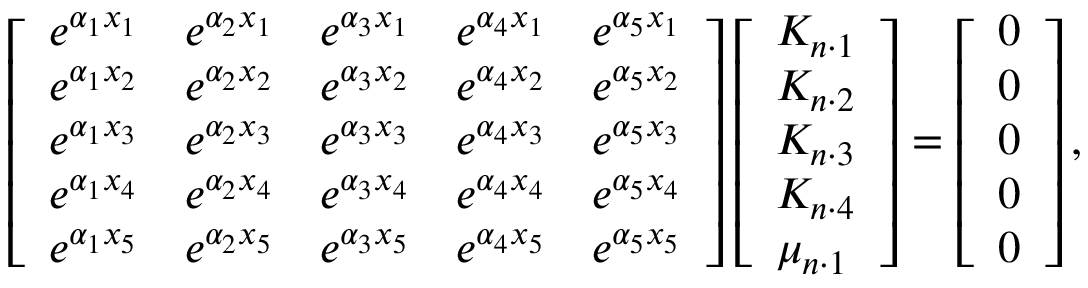
\left[ \begin{array} { l l l l l } { e ^ { \alpha _ { 1 } x _ { 1 } } } & { e ^ { \alpha _ { 2 } x _ { 1 } } } & { e ^ { \alpha _ { 3 } x _ { 1 } } } & { e ^ { \alpha _ { 4 } x _ { 1 } } } & { e ^ { \alpha _ { 5 } x _ { 1 } } } \\ { e ^ { \alpha _ { 1 } x _ { 2 } } } & { e ^ { \alpha _ { 2 } x _ { 2 } } } & { e ^ { \alpha _ { 3 } x _ { 2 } } } & { e ^ { \alpha _ { 4 } x _ { 2 } } } & { e ^ { \alpha _ { 5 } x _ { 2 } } } \\ { e ^ { \alpha _ { 1 } x _ { 3 } } } & { e ^ { \alpha _ { 2 } x _ { 3 } } } & { e ^ { \alpha _ { 3 } x _ { 3 } } } & { e ^ { \alpha _ { 4 } x _ { 3 } } } & { e ^ { \alpha _ { 5 } x _ { 3 } } } \\ { e ^ { \alpha _ { 1 } x _ { 4 } } } & { e ^ { \alpha _ { 2 } x _ { 4 } } } & { e ^ { \alpha _ { 3 } x _ { 4 } } } & { e ^ { \alpha _ { 4 } x _ { 4 } } } & { e ^ { \alpha _ { 5 } x _ { 4 } } } \\ { e ^ { \alpha _ { 1 } x _ { 5 } } } & { e ^ { \alpha _ { 2 } x _ { 5 } } } & { e ^ { \alpha _ { 3 } x _ { 5 } } } & { e ^ { \alpha _ { 4 } x _ { 5 } } } & { e ^ { \alpha _ { 5 } x _ { 5 } } } \end{array} \right] \left[ \begin{array} { l } { K _ { n \cdot 1 } } \\ { K _ { n \cdot 2 } } \\ { K _ { n \cdot 3 } } \\ { K _ { n \cdot 4 } } \\ { \mu _ { n \cdot 1 } } \end{array} \right] = \left[ \begin{array} { l } { 0 } \\ { 0 } \\ { 0 } \\ { 0 } \\ { 0 } \end{array} \right] ,